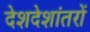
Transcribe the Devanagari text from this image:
देशदेशांतरों